Indian journal of veterinary science and animal husbandry - Volumes 18-21, 1948-1951
Year: 1948
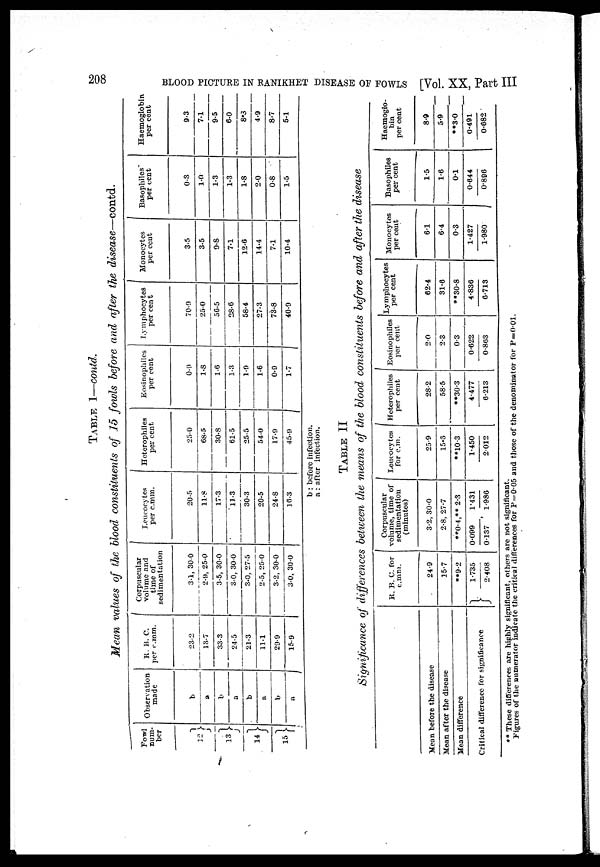
208
BLOOD PICTURE IN RANIKHET DISEASE OF FOWLS [Vol. XX, Part III
TABLE 1—contd.
Mean values of the blood constituents of 15 fowls before and after the disease—contd.
Fowl
num-
ber
12}
13}
14}
15}
Observation
made
b
a
b
a
b
a
b
a
R. B. C.
per c.mm.
23.2
13.7
33.3
24.5
21.3
11.1
29.9
15.9
Corpuscular
volume and
time of
sedimentation
3.1, 30.0
2.9, 25.0
3.5, 30.0
3.0, 30.0
3.0, 27.5
2.5, 25.0
3.2, 30.0
3.0, 30.0
Leucocytes
per c.mm.
20.5
11.8
17.3
11.3
30.3
20.5
24.8
16.3
Heterophiles
per cent
25.0
68.5
30.8
61.5
25.5
54.0
17.9
45.9
Eosinophiles
per cent
0.9
1.8
1.6
1.3
1.9
1.6
0.9
1.7
Lymphocytes
per cent
70.9
25.0
56.5
28.6
58.4
27.3
73.8
40.9
Monocytes
per cent
3.5
3.5
9.8
7.1
12.6
14.4
7.1
10.4
Basophiles
per cent
0.3
1.0
1.3
1.3
1.8
2.0
0.8
1.5
Haemoglobin
per cent
9.3
7.1
9.5
6.0
8.3
4.9
8.7
5.1
b : before infection.
a : after infection.
TABLE II
Significance of differences between the means of the blood constituents before and after the disease
Mean before the disease
Mean after the disease
Mean difference
Critical difference for significance
R. B. C. for
c.mm.
24.9
15.7
**9.2
}
1.735 / 2.408
Corpuscular
volume, time of
sedimentation
(minutes)
3.2, 30.0
2.8, 27.7
**0.4, **2.3
0.099 / 0.137, 1.431 / 1.986
Leucocytes
for c.m.
25.9
15.6
**10.3
1.450 / 2.012
Heterophiles
per cent
28.2
58.5
**30.3
4.477 / 6.213
Eosinophiles
per cent
2.0
2.3
0.3
0.622 / 0.863
Lymphocytes
per cent
62.4
31.6
**30.8
4.836 / 6.713
Monocytes
per cent
6.1
6.4
0.3
1.427 / 1.980
Basophiles
per cent
1.5
1.6
0.1
0.644 / 0.896
Haemoglo-
bin
per cent
8.9
5.9
**3.0
0.491 / 0.682
** These differences are highly significant, others are not significant.
Figures of the numerator indicate the critical differences for P=0.05 and those of the denominator for P=001.